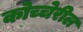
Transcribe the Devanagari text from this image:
कोच्चेरील